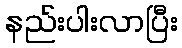
နည်းပါးလာပြီး